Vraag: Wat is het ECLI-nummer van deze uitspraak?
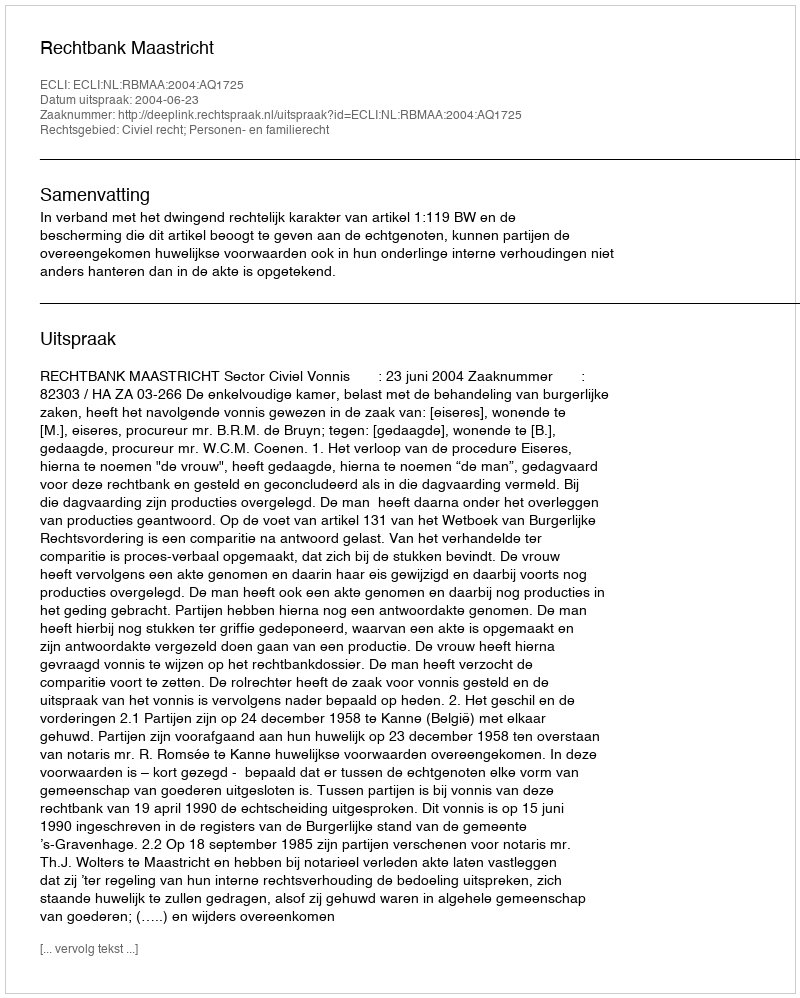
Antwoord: ECLI:NL:RBMAA:2004:AQ1725